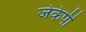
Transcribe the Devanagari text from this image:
जेकेपी